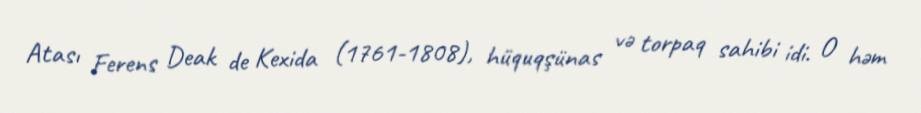
Atası Ferens Deak de Kexida (1761-1808), hüquqşünas və torpaq sahibi idi. O həm